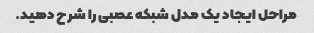
مراحل ایجاد یک مدل شبکه عصبی را شرح دهید.